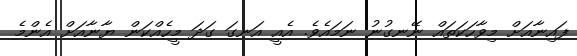
ފައިނާއަށް މިވާހަކަތައް ނޭނގުނު ނަމައެވެ. އެއީ އަނގަ ގަދަ މީހެއްކަން ޔާނާއަށް އެންމެ